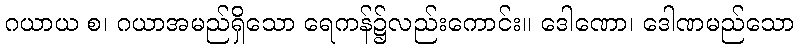
ဂယာယ စ၊ ဂယာအမည်ရှိသော ရေကန်၌လည်းကောင်း။ ဒေါဏော၊ ဒေါဏမည်သော